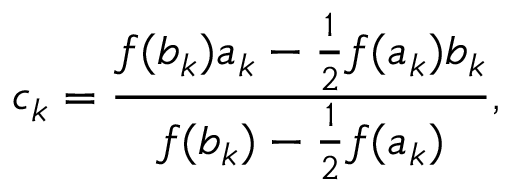
c _ { k } = { \frac { f ( b _ { k } ) a _ { k } - { \frac { 1 } { 2 } } f ( a _ { k } ) b _ { k } } { f ( b _ { k } ) - { \frac { 1 } { 2 } } f ( a _ { k } ) } } ,